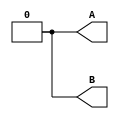
`timescale 1ps/1ps
module top_module ( output reg A, output reg B );//
	specparam time_period = 10;
    // generate input patterns here
    initial begin
	  #0 A=0;
    #10 A=1; //#10 doesnt mean at 10ps, it means after 10ps
    #10 A=0;
    end
    
    //we can have any number of initial and I have seperated intial block for A and B since it runs simultaneosly 
    initial begin
    #(time_period *0) B=0;
    #(time_period*1.5) B=1;
    #(time_period*2.5) B=0;    
    end
    
endmodule